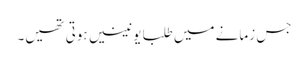
جس زمانے میں طلبا یونینیں ہوتی تھیں۔